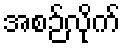
အစဉ်လိုက်